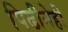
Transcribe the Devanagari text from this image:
पिढीनेही